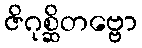
ဇိဂုစ္ဆိတဗ္ဗော